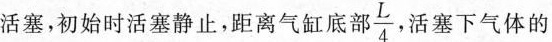
活塞，初始时活塞静止，距离气缸底部 $$\frac{L}{4}$$ 活塞下气体的